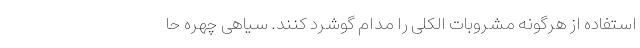
استفاده از هرگونه مشروبات الکلی را مدام گوشرد کنند. سیاهی چهره حا